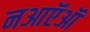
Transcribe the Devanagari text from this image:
नआऍऑ